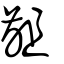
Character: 齟